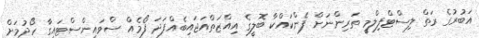
އަބުރުގެ ރަތް ލިސްޓްފިލްމީ ތަރިންނަށް ފެންކައްކާ ބޮލީގެ އިއްޒަތްއަޖައިބެއްފަދަ ފޯމެއް ސްވައިންސްޓައިގާ ހޯދުމަށް